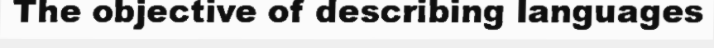
The objective of describing languages